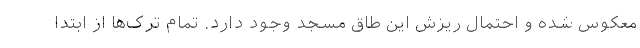
معکوس شده و احتمال ریزش این طاق مسجد وجود دارد. تمام ترک‌ها از ابتدا